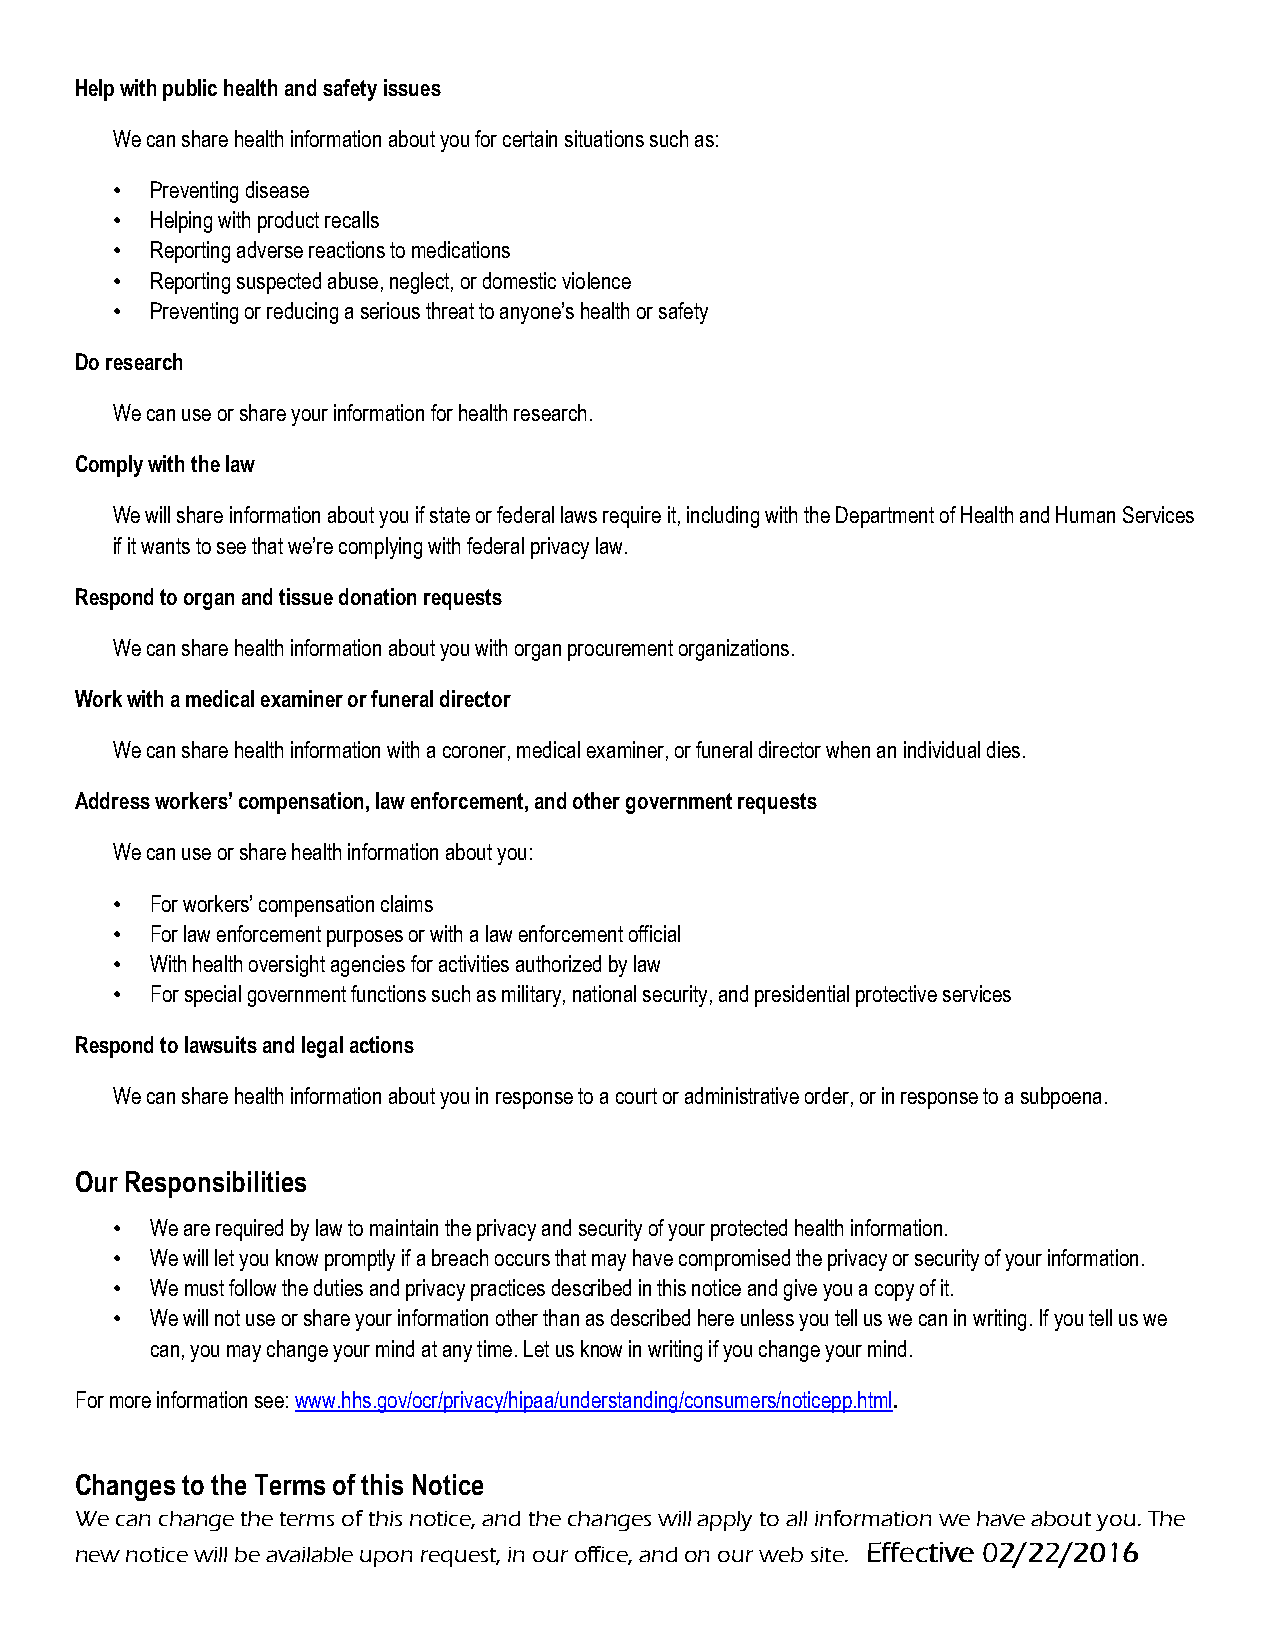
Help with public health and safety issues
 We can share health information about you for certain situations such as:
 •  Preventing disease
 •  Helping with product recalls
 •  Reporting adverse reactions to medications
 •  Reporting suspected abuse, neglect, or domestic violence
 •  Preventing or reducing a serious threat to anyone’s health or safety
 Do research
 We can use or share your information for health research.
 Comply with the law
 We will share information about you if state or federal laws require it, including with the Department of Health and Human Services
 if it wants to see that we’re complying with federal privacy law.
 Respond to organ and tissue donation requests
 We can share health information about you with organ procurement organizations.
 Work with a medical examiner or funeral director
 We can share health information with a coroner, medical examiner, or funeral director when an individual dies.
 Address workers’ compensation, law enforcement, and other government requests
 We can use or share health information about you:
 •  For workers’ compensation claims
 •  For law enforcement purposes or with a law enforcement official
 •  With health oversight agencies for activities authorized by law
 •  For special government functions such as military, national security, and presidential protective services
 Respond to lawsuits and legal actions
 We can share health information about you in response to a court or administrative order, or in response to a subpoena.
 Our Responsibilities
 •  We are required by law to maintain the privacy and security of your protected health information.
 •  We will let you know promptly if a breach occurs that may have compromised the privacy or security of your information.
 •  We must follow the duties and privacy practices described in this notice and give you a copy of it.
 •  We will not use or share your information other than as described here unless you tell us we can in writing. If you tell us we
 can, you may change your mind at any time. Let us know in writing if you change your mind.
 For more information see: www.hhs.gov/ocr/privacy/hipaa/understanding/consumers/noticepp.html.
 Changes to the Terms of this Notice
 We can change the terms of this notice, and the changes will apply to all information we have about you. The
 new notice will be available upon request, in our office, and on our web site. EEEEffffffffeeeeccccttttiiiivvvveeee 00002222////22222222////2222000011116666